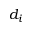
d _ { i }